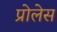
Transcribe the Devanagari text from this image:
प्रोलेस